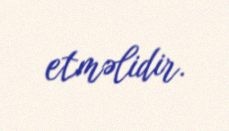
etməlidir.